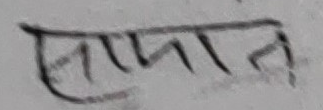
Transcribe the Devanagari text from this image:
समादान